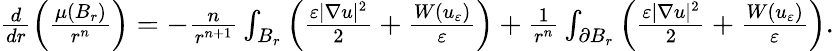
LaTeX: \begin{array}{r}{\frac{d}{dr}\left(\frac{\mu(B_{r})}{r^{n}}\right)=-\frac{n}{r^{n+1}}\int_{B_{r}}\left(\frac{\varepsilon|\nabla u|^{2}}{2}+\frac{W(u_{\varepsilon})}{\varepsilon}\right)+\frac{1}{r^{n}}\int_{\partial B_{r}}\left(\frac{\varepsilon|\nabla u|^{2}}{2}+\frac{W(u_{\varepsilon})}{\varepsilon}\right).}\end{array}